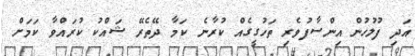
އަދި ފުލުހުން އިންސާފުވެރި ތަހުގީގެއް ކުރާނެ ކަމާ ދޭތެރޭ ޝައްކު ކުރައްވާ ކަމަށް